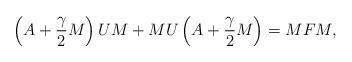
LaTeX: \begin{align*}\left(A+\frac{\gamma}{2}M\right)UM + MU\left(A+\frac{\gamma}{2}M\right) = MFM,\end{align*}